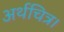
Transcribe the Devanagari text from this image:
अर्थचित्र।